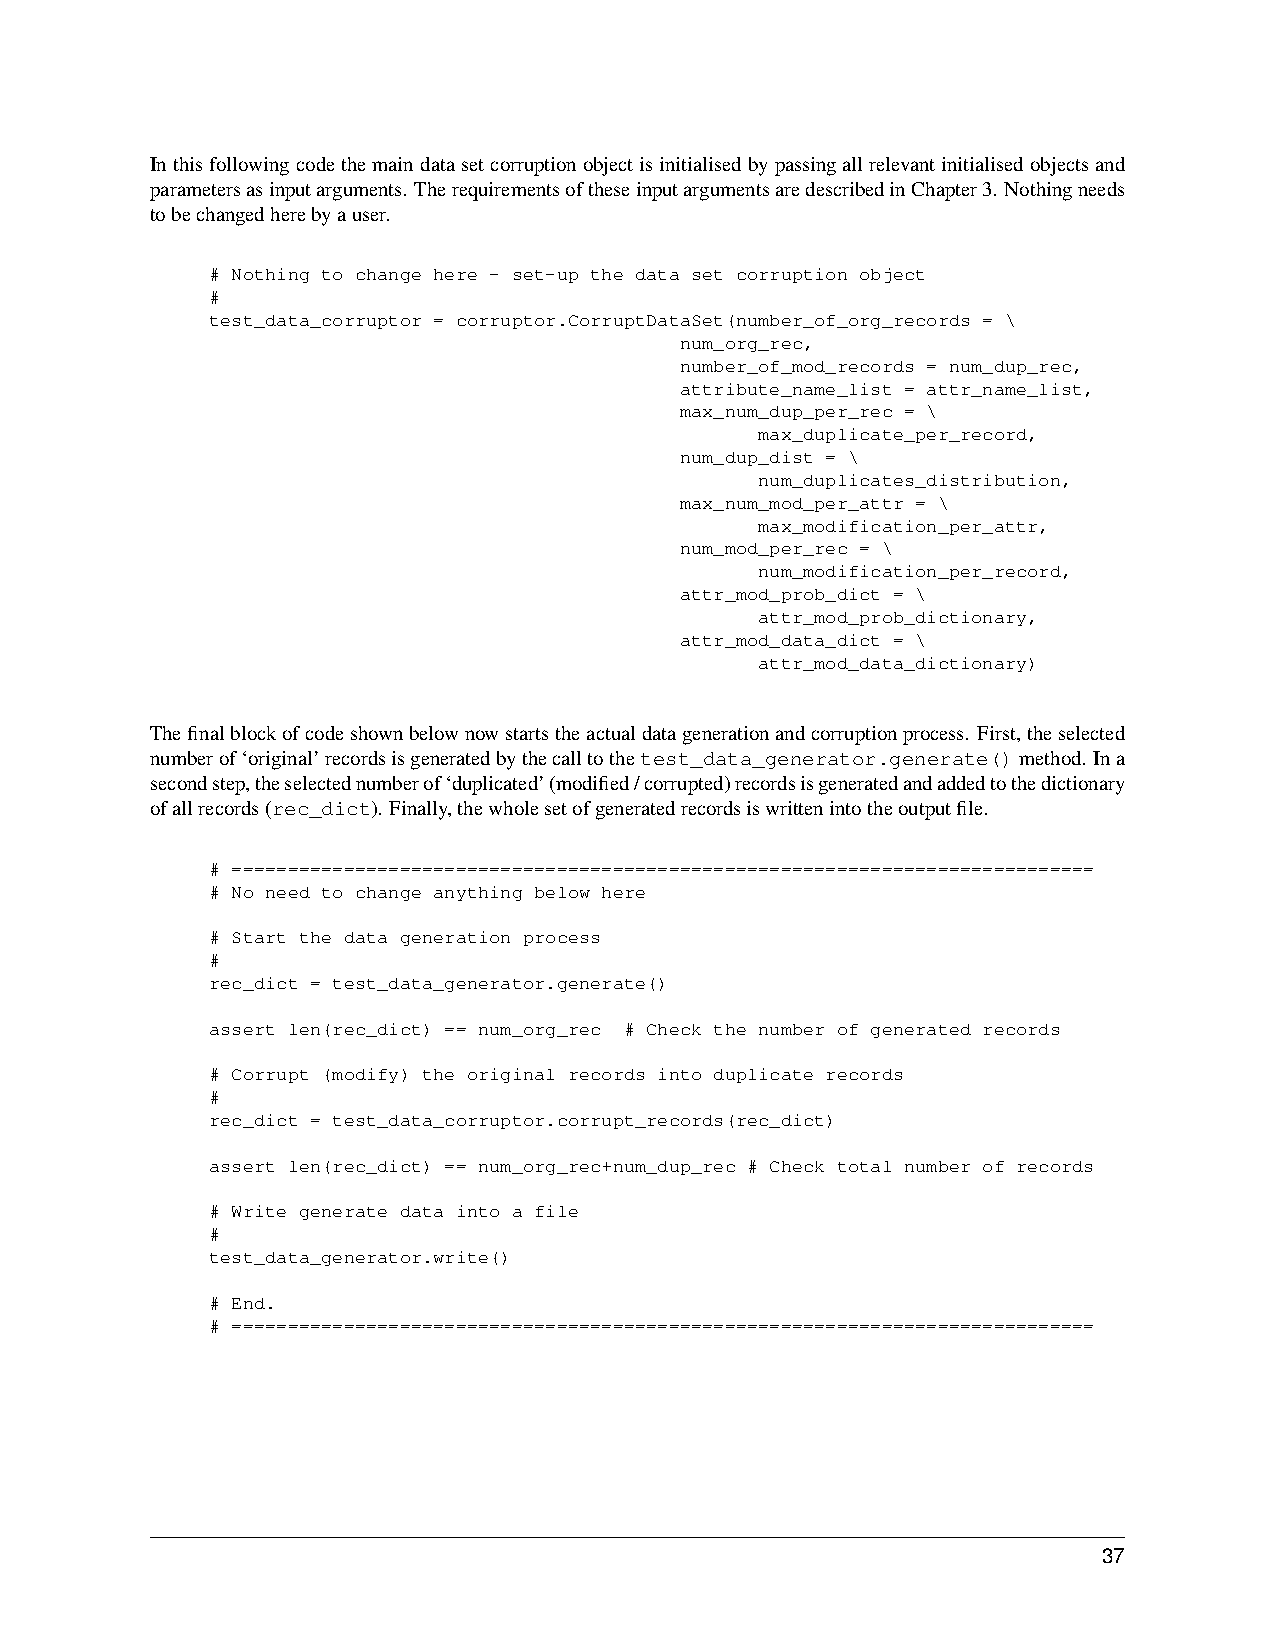
Inthisfollowingcodethemaindatasetcorruptionobjectisinitialisedbypassingallrelevantinitialisedobjectsand
 parametersasinputarguments. TherequirementsoftheseinputargumentsaredescribedinChapter3. Nothingneeds
 tobechangedherebyauser.
 # Nothing to change here - set-up the data set corruption object
 #
 test_data_corruptor = corruptor.CorruptDataSet(number_of_org_records = \
 num_org_rec,
 number_of_mod_records = num_dup_rec,
 attribute_name_list = attr_name_list,
 max_num_dup_per_rec = \
 max_duplicate_per_record,
 num_dup_dist = \
 num_duplicates_distribution,
 max_num_mod_per_attr = \
 max_modification_per_attr,
 num_mod_per_rec = \
 num_modification_per_record,
 attr_mod_prob_dict = \
 attr_mod_prob_dictionary,
 attr_mod_data_dict = \
 attr_mod_data_dictionary)
 Thefinalblockofcodeshownbelownowstartstheactualdatagenerationandcorruptionprocess. First,theselected
 numberof‘original’recordsisgeneratedbythecalltothetest_data_generator.generate()method. Ina
 secondstep,theselectednumberof‘duplicated’(modified/corrupted)recordsisgeneratedandaddedtothedictionary
 ofallrecords(rec_dict). Finally,thewholesetofgeneratedrecordsiswrittenintotheoutputfile.
 # =============================================================================
 # No need to change anything below here
 # Start the data generation process
 #
 rec_dict = test_data_generator.generate()
 assert len(rec_dict) == num_org_rec # Check the number of generated records
 # Corrupt (modify) the original records into duplicate records
 #
 rec_dict = test_data_corruptor.corrupt_records(rec_dict)
 assert len(rec_dict) == num_org_rec+num_dup_rec # Check total number of records
 # Write generate data into a file
 #
 test_data_generator.write()
 # End.
 # =============================================================================
 37